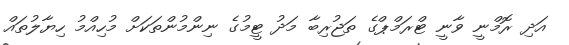
އަދި ރޮމްނީ ވާނީ ޓްރަމްޕްގެ ތަޖުރިބާ މަދު ޓީމުގެ ނިންމުންތަކަށް މުހިއްމު ހިޔާލުތައް